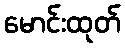
မောင်းထုတ်